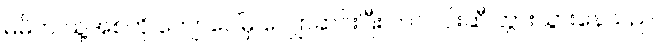
မိမိက သူ့အစ်ကို ကျောပေါ်မှ လျှောဆင်းပြီး တင်ဝင်းဆီ တွားသွားနေသည်။